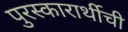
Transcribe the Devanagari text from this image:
पुरस्कारार्थीची